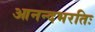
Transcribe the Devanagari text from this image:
आनन्दभरतिः